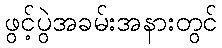
ဖွင့်ပွဲအခမ်းအနားတွင်